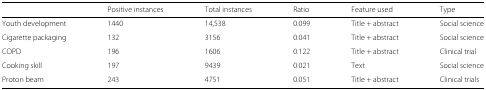
<table><thead><tr><td></td><td><b>Positive instances</b></td><td><b>Total instances</b></td><td><b>Ratio</b></td><td><b>Feature used</b></td><td><b>Type</b></td></tr></thead><tbody><tr><td>Youth development</td><td>1440</td><td>14,538</td><td>0.099</td><td>Title + abstract</td><td>Social science</td></tr><tr><td>Cigarette packaging</td><td>132</td><td>3156</td><td>0.041</td><td>Title + abstract</td><td>Social science</td></tr><tr><td>COPD</td><td>196</td><td>1606</td><td>0.122</td><td>Title + abstract</td><td>Clinical trial</td></tr><tr><td>Cooking skill</td><td>197</td><td>9439</td><td>0.021</td><td>Text</td><td>Social science</td></tr><tr><td>Proton beam</td><td>243</td><td>4751</td><td>0.051</td><td>Title + abstract</td><td>Clinical trials</td></tr></tbody></table>